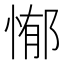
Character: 𭝣